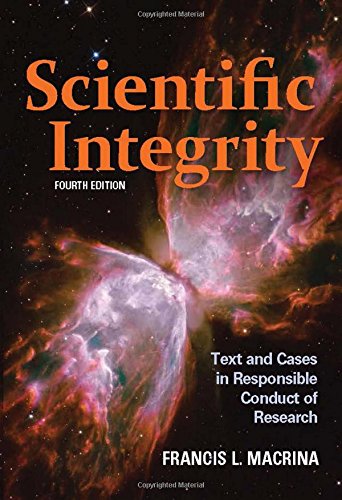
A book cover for Scientific Integrity: Text and Cases in Responsible Conduct of Research; Francis L. Macrina; Science & Math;